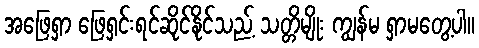
အဖြေရှာ ဖြေရှင်းရင်ဆိုင်နိုင်သည့် သတ္တိမျိုး ကျွန်မ ရှာမတွေ့ပါ။